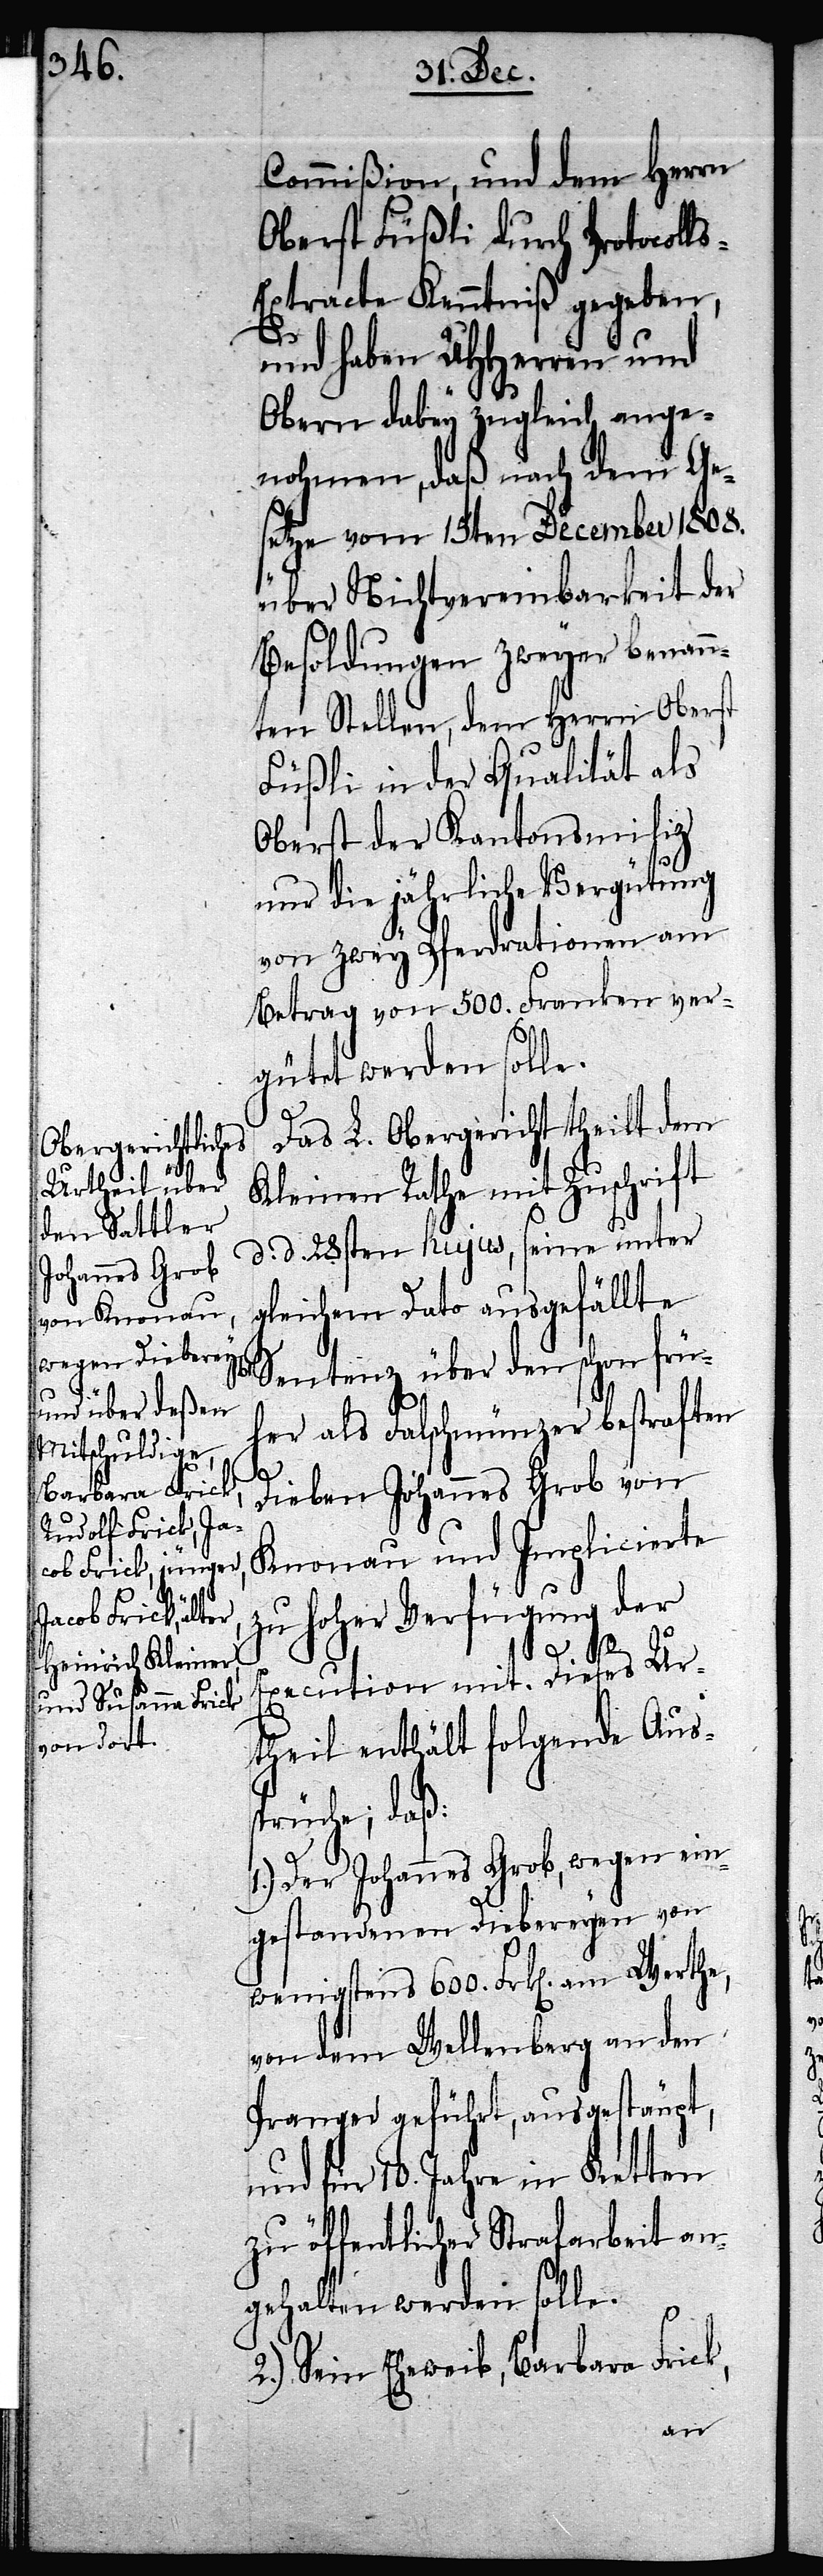
Commißion, und dem Herrn
Oberst Füßli durch Protocol¬
xtracte Kenntniß gegeben,
und haben UHHerren und
Obern dabey zugleich ange¬
nohmen, daß nach dem Ge¬
setze vom 15ten December 1808.
über Nichtvereinbarkeit der
Besoldungen zweyer benann¬
ten Stellen, dem Herrn Oberst
Füßli in der Qualität als
Oberst der Kantonsmiliz
nur die jährliche Vergütung
von zwey Pferdrationen am
Betrag von 500. Franken ver¬
gütet werden solle.
Das L. Obergericht theilt dem
Kleinen Rathe mit Zuschrift
d. d. 28sten hujus, seine unter
gleichem Dato ausgefällte
Sentenz über den schon frü¬
her als Falschmünzer bestraften
Dieben Johannes Grob von
Knonau und Implicierte
zu hoher Verfügung der
ls-E¬
Execution mit. Dieses Ur¬
theil enthält folgende Auss¬
prüche; daß:
1.) Der Johannes Grob, wegen ein¬
gestandenen Diebereyen von
wenigstens 600. Frk[en]. am Werthe,
von dem Wellenberg an den
Pranger geführt, ausgestäupt,
und für 10. Jahre in Ketten
zu öffentlicher Strafarbeit an¬
gehalten werden solle.
2.) Sein Eheweib, Barbara Frick,